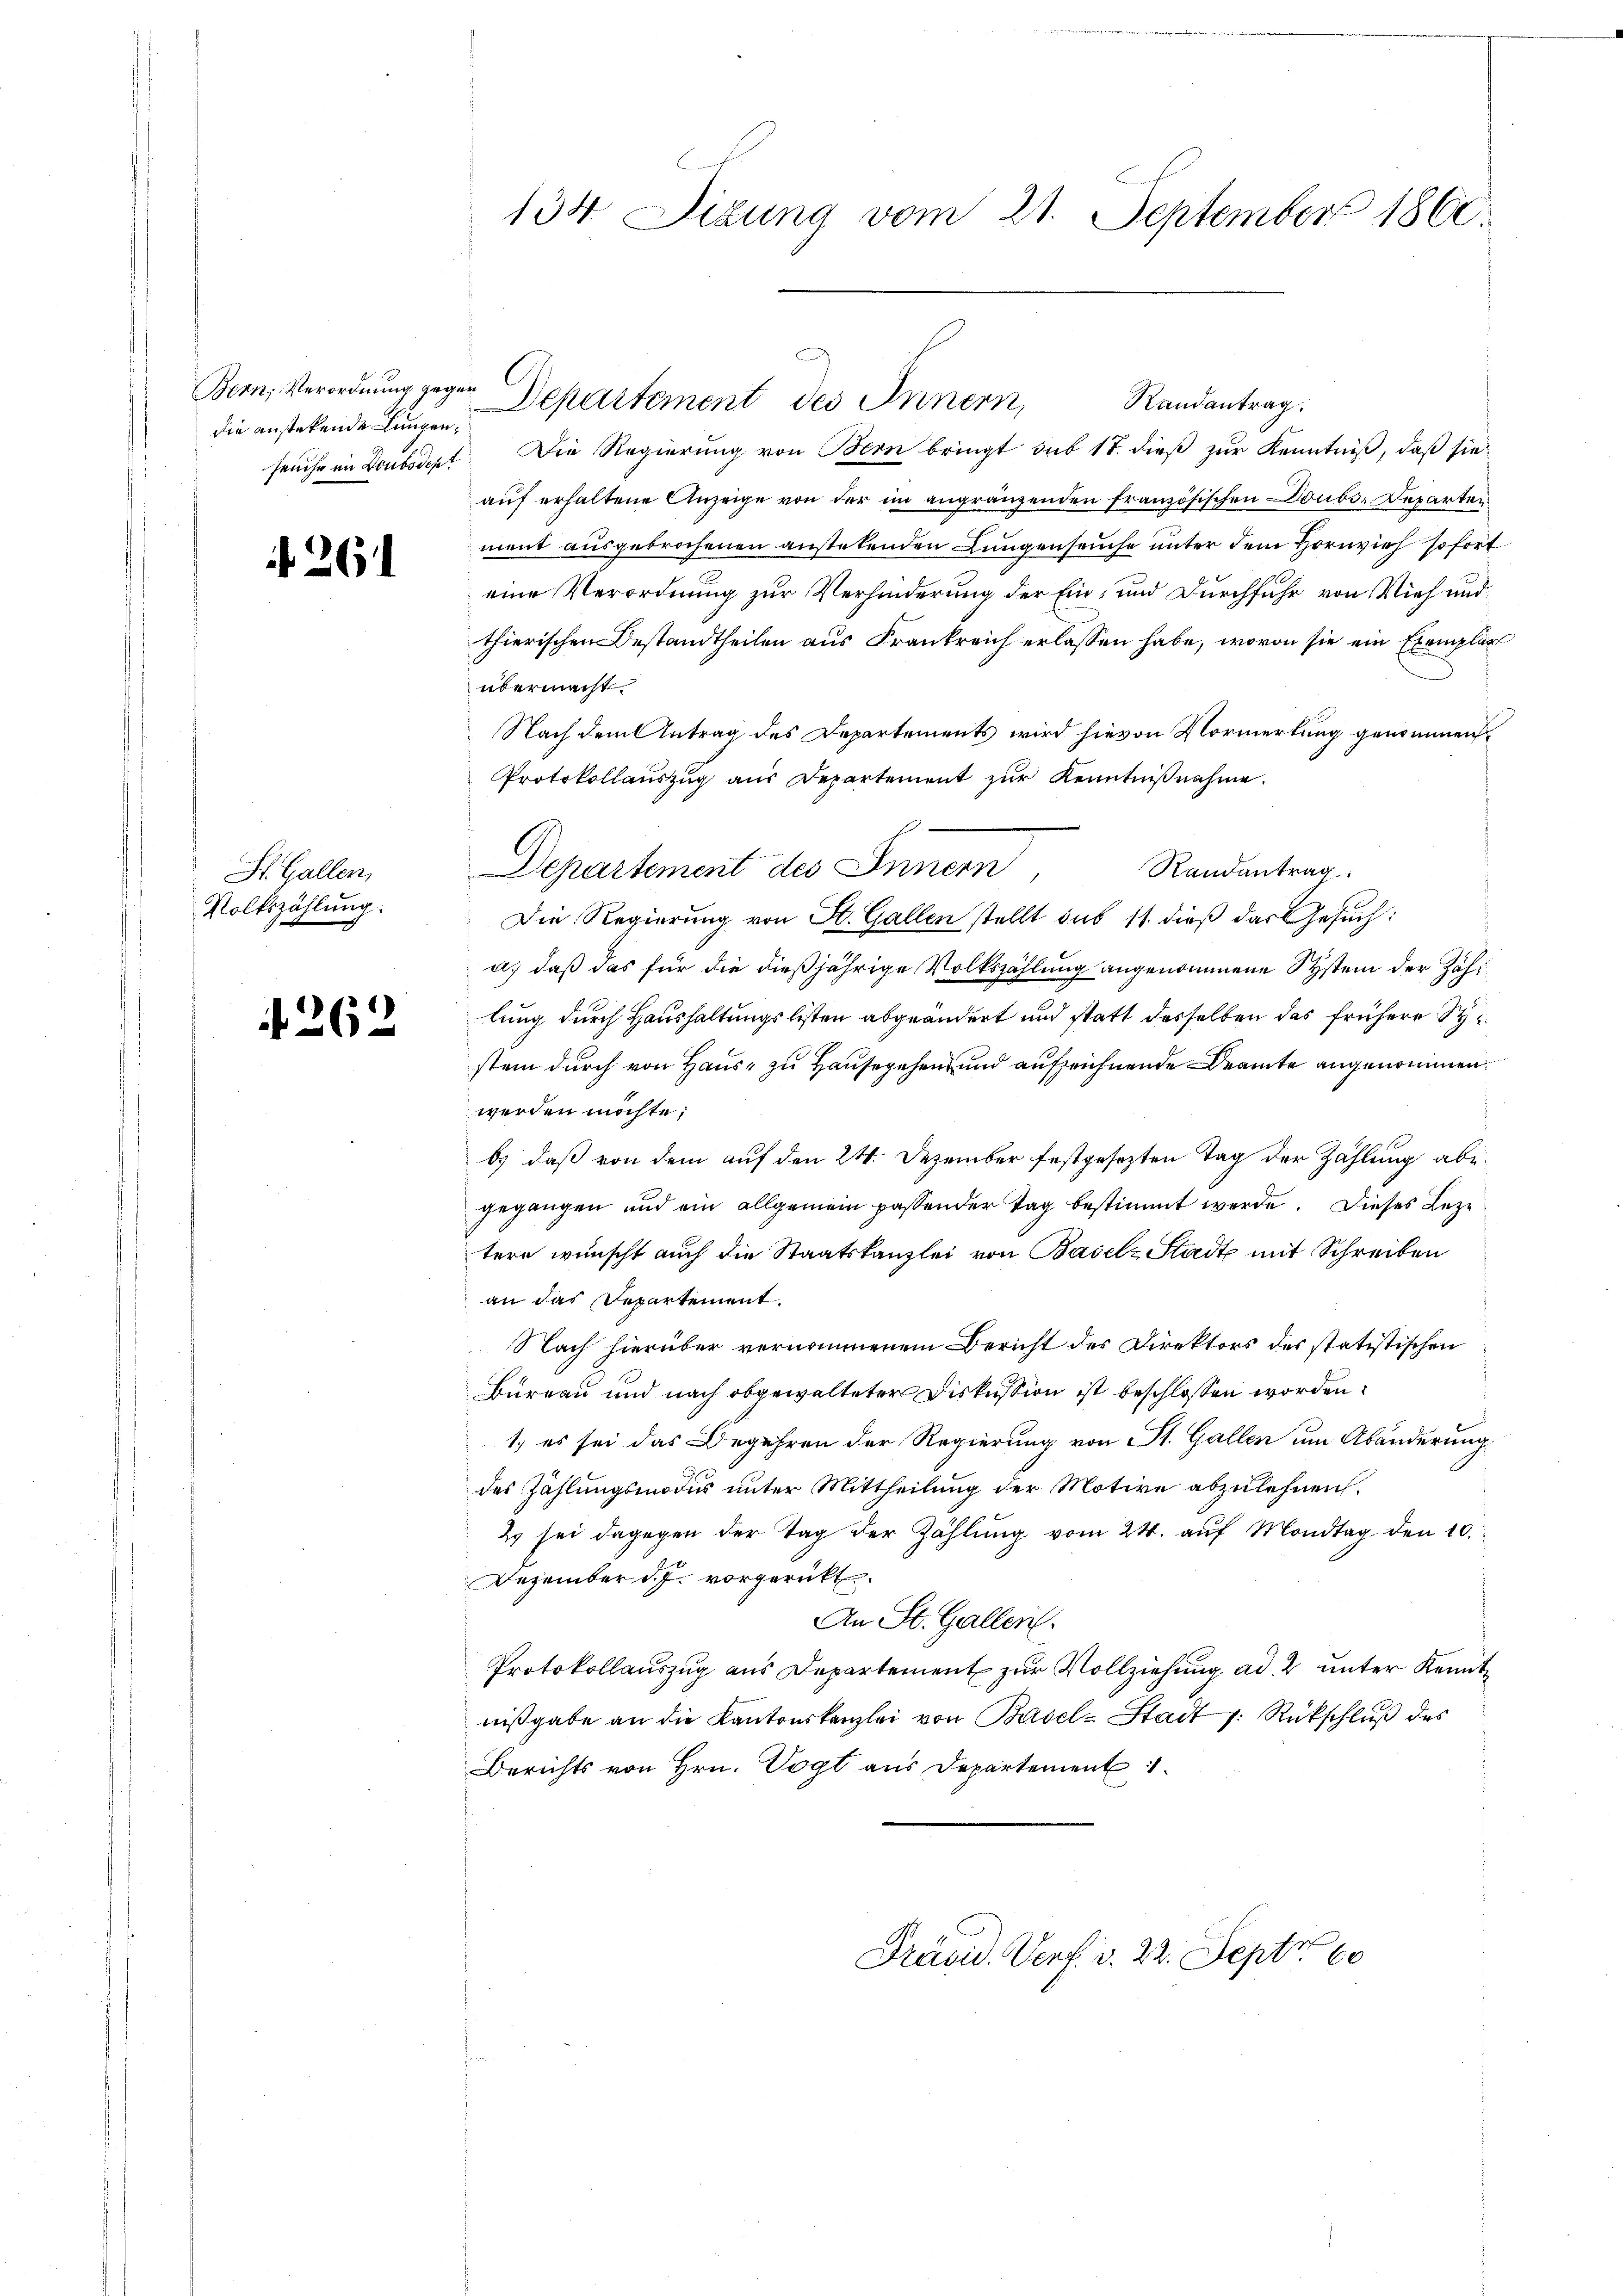
Bern, Verordnung gegen
die anstetende Lungen¬

26

St. Gallen,
Volkszählung.

262

134. Situng vom 21. September 1860.

Departement des Innern,

Randantrag.
seuche in Doubodept. Die Regierung von Bern bringt sub 17. dieß zur Kenntniß, daß sie
aŭf erhaltene Anzeige von der im angränzenden Französischen Doubs-Departen
ment ausgebrochenen anstetenden Lungenseuche unter dem Hornvieh sofort
eine Verordnung zur Verhinderung der Ein- und Durchfuhr von Vieh und
thierischen Bestandtheilen aus Frankreich erlassen habe, wovon sie ein Exemplar
übermacht
Nach dem Antrag des Departements wird hievon Vormerkung genommen,
Protokollauszug aus Departement zur Kenntnißnahme.
Departement des Innern,
Randantrag
Die Regierung von St. Gallen stellt sub 11. dieß das Gesuch:
a.) daß das für die dießjährige Volkszählung angenommene System der Zählung durch Haushaltungslisten abgeändert und statt desselben das frühere Sy
stem durch von Haus, zu Hausegehen und aufzeichnende Beamte angenommen.
werden möchte;
b) daß von dem auf den 24. Dezember festgesezten Tag der Zählung abegegangen und ein allgemein passender Tag bestimmt werde. Dieses Leze
tere wünscht auch die Staatskanzlei von Basel-Stadt mit Schreiben
an das Departement.
Nach hierüber vernommenem Bericht des Direktors des statistischen
Bureau und nach obgewalteter Diskussion ist beschlossen worden.
1.) es sei das Begehren der Regierung von St. Gallen um Abänderung
des Zahlungsmodus unter Mittheilung der Motive abzulehnen.
2 sei dagegen der Tag der Zahlŭng vom 24. aŭf Mont den 10.
Dezember d. J. vorgerückt.
An St. Gallen.
Protokollauszug aus Departement zur Vollziehung ad 2 unter Kenntniβgabe an die Kantonskanzlei von Basel-Stadt 7: Rückschlŭβ des
Berichts von Hrn. Vogt aus Departement

Präsid. Verf. v. 22. Septr. 60